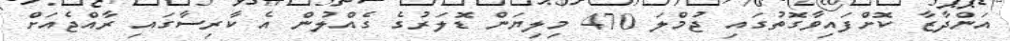
އަންދާޒާ ކޮށްފައިވާގޮތުގައި ޖުމްލަ 470 މިލިޔަން ޑޮލަރުގެ ގެއްލުން އެ ކާރިސާގައި ރާއްޖެއަށް